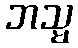
ဘသ္မ